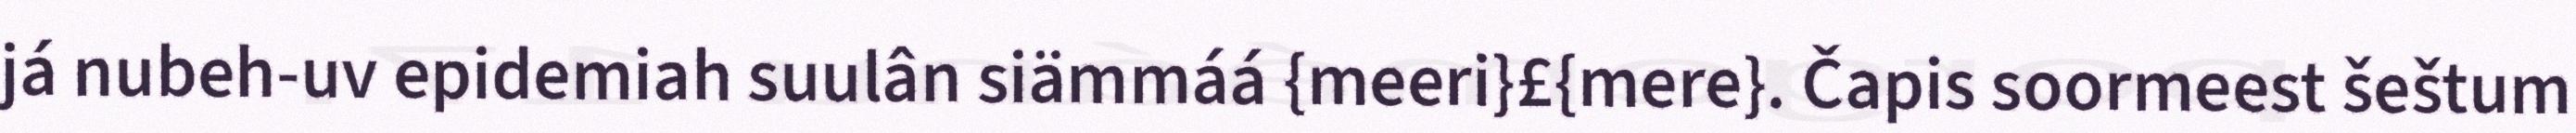
já nubeh-uv epidemiah suulân siämmáá {meeri}£{mere}. Čapis soormeest šeštum